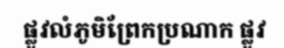
ផ្លូវលំភូមិព្រែកប្រណាក ផ្លូវ